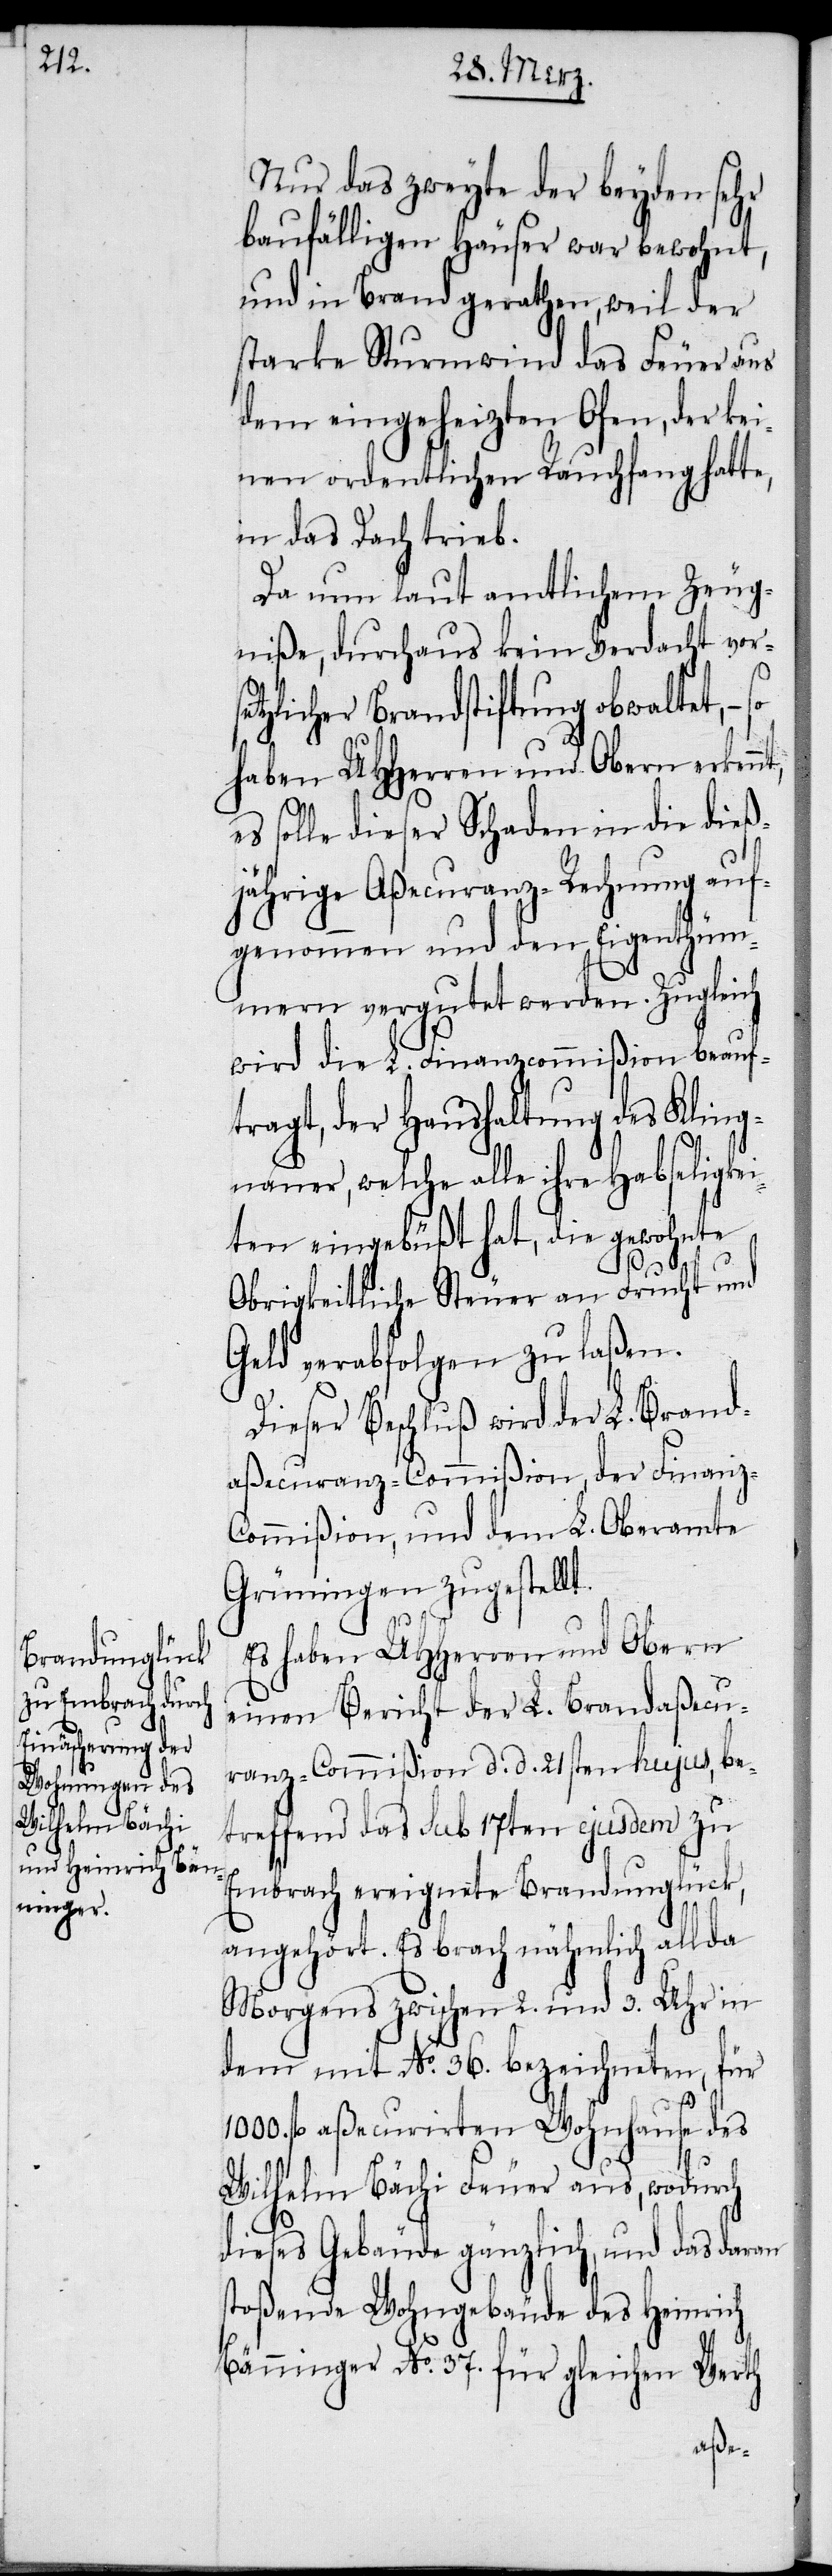
nt,

Nur das zweyte der beyden sehr
baufälligen Häuser war bewohnt,
und in Brand gerathen, weil der
starke Sturmwind das Feuer aus
dem eingeheizten Ofen, der kei¬
nen ordentlichen Rauchfang hatte,
in das Dach trieb.
Da nun laut amtlichem Zeug¬
niße, durchaus kein Verdacht vor¬
tzlicher Brandstiftung obwaltet, −
haben UHHerren und Obern erken¬
solle dieser Schaden in die dieß¬
jährige Aßecuranz-Rechnung auf¬
genommen und den Eigenthüm¬
mern vergutet werden. Zugleich
wird die L. Finanzcommißion beauf¬
tragt, der Haushaltung des Kling¬
nauer, welche alle ihre Habseligkei¬
ten eingebüßt hat, die gewohnte
Obrigkeitliche Steuer an Frucht und
Geld verabfolgen zu laßen.
Dieser Beschluß wird der L. Brand¬
aßecuranz-Commißion, der Finanz-C¬
ommißion, und dem L. Oberamte
Grüningen zugestellt.
Es haben UHHerren und Obern
einen Bericht der L. Brandaßecu¬
ranz-Commißion d. d. 21sten hujus, be¬
treffend das sub 17ten ejusdem zu
Embrach ereignete Brandunglück,
angehört. Es brach nähmlich allda
Morgens zwischen 2. und 3. Uhr in
dem mit No. 36. bezeichneten, für
1000 fl aßecurirten Wohnhause des
Wilhelm Bächi Feuer aus, wodurch
dieses Gebäude gänzlich, und das daran
stoßende Wohngebäude des Heinrich
Bänninger No. 37. für gleichen Werth